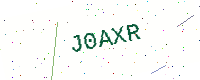
Text: J0AXR